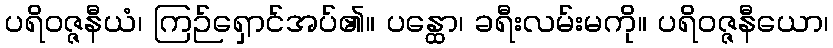
ပရိဝဇ္ဇနီယံ၊ ကြဉ်ရှောင်အပ်၏။ ပန္ထော၊ ခရီးလမ်းမကို။ ပရိဝဇ္ဇနီယော၊